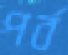
পর্ব